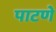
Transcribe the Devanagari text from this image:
पाटणे